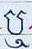
ឬ